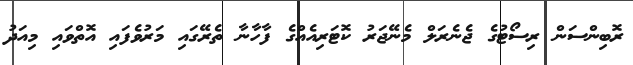
ރޮބިންސަން ރިސޯޓުގެ ޖެނެރަލް މެނޭޖަރު ކޮޓަރިއެއްގެ ފާހާނާ ތެރޭގައި މަރުވެފައި އޮތްވައި މިއަދު